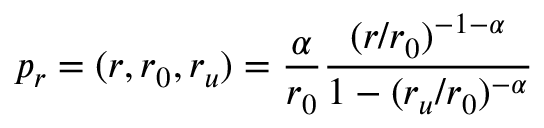
p _ { r } = ( r , r _ { 0 } , r _ { u } ) = \frac { \alpha } { r _ { 0 } } \frac { ( r / r _ { 0 } ) ^ { - 1 - \alpha } } { 1 - ( r _ { u } / r _ { 0 } ) ^ { - \alpha } }